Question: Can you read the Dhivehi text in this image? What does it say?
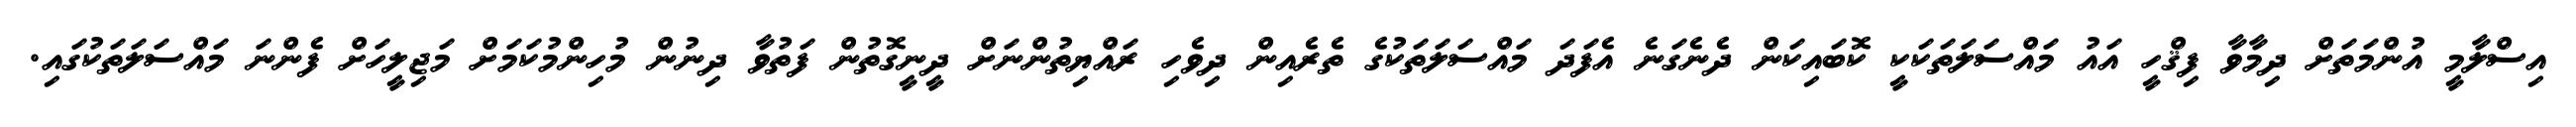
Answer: އިސްލާމީ އުންމަތަށް ދިމާވާ ފިޤްހީ އައު މައްސަލަތަކަކީ ކޮބައިކަން ދެނެގަނެ އެފަދަ މައްސަލަތަކުގެ ތެރެއިން ދިވެހި ރައްޔިތުންނަށް ދީނީގޮތުން ފަތުވާ ދިނުން މުހިންމުކަމަށް މަޖިލީހަށް ފެންނަ މައްސަލަތަކުގައި.